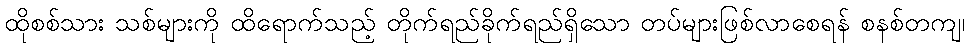
ထိုစစ်သား သစ်များကို ထိရောက်သည့် တိုက်ရည်ခိုက်ရည်ရှိသော တပ်များဖြစ်လာစေရန် စနစ်တကျ၊